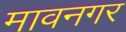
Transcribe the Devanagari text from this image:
मावनगर